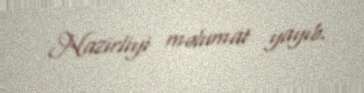
Nazirliyi məlumat yayıb.